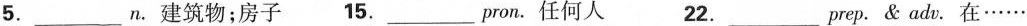
5.___n.建筑物；房子 15.___pron.任何人 22.___prep.&adv.在……